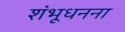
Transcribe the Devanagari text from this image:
शंभूधनना